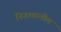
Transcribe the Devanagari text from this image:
निवासातील